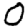
Digit: 0